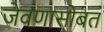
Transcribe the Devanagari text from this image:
जेवणासोबत